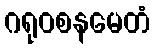
ဂရုဝစနမေတံ